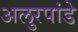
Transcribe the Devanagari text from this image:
अलुरपांडे